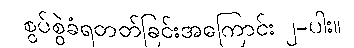
စွပ်စွဲခံရတတ်ခြင်းအကြောင်း ၂-ပါး။